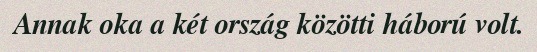
Annak oka a két ország közötti háború volt.